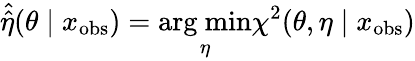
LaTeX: \hat{\hat{\eta}}(\theta\mid x_{\mathrm{obs}})=\mathop{\mathrm{arg~min}}_{\eta}\chi^{2}(\theta,\eta\mid x_{\mathrm{obs}})